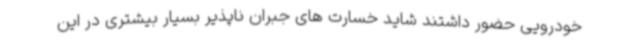
خودرویی حضور داشتند شاید خسارت های جبران ناپذیر بسیار بیشتری در این